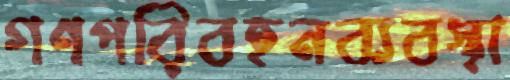
গণপরিবহনব্যবস্থা